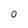
Character: 0